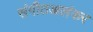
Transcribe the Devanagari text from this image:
संगीतअलंकर